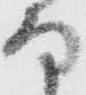
な